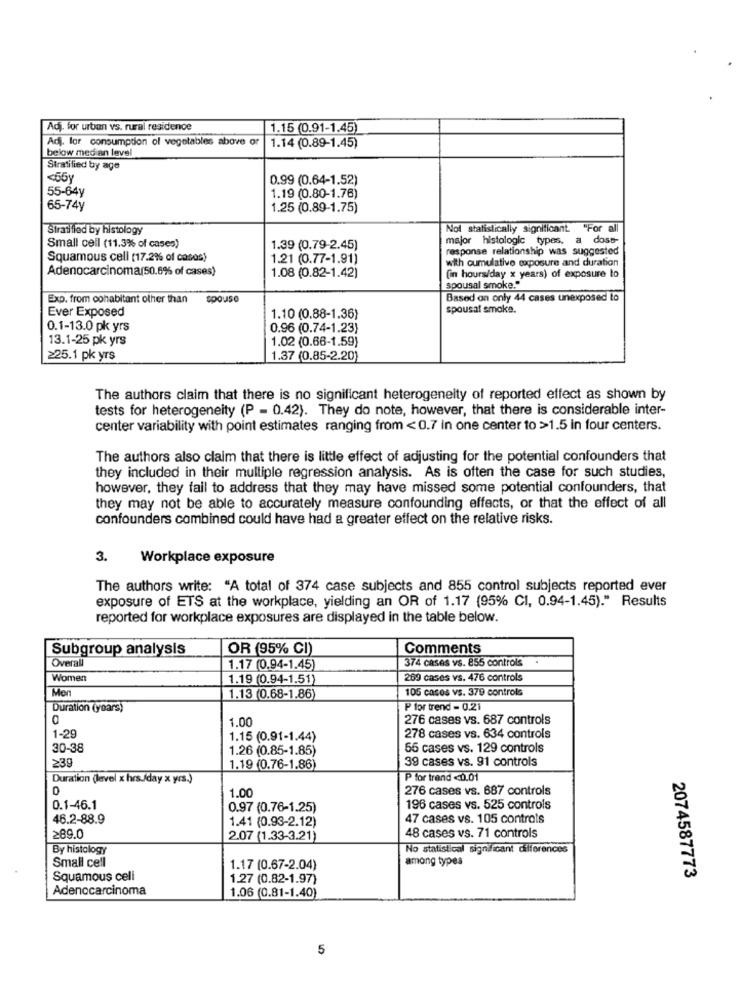
Adj for urban vs. rural residence
1.15 (0.91-1.45)
Adj. for consumption of vegetables above or
1.14 (0.89-1.45)
below med an level
Stratified by age
<55y
0.99 (0.64-1.52)
55-64y
1.19 (0.80-1.76)
65-74y
1.25 (0.89-1.75)
Stratified by histology
Nol statistically significant. "For all
major histologic types, a dost-
Small cell (11.3% of cases)
1.39 (0.79-2.45)
response relationship was suggested
Squamous cell (17.2% of casos)
1.21 (0.77-1.91)
with cumulative exposure and duration
Adenocarcinoma(50.6% of cases)
1.08 (0.82-1.42)
(in hours/day x years) of exposure to
spousal smoke."
Exp. from cohabitant other than
spouse
Based on only 44 cases unexposed to
Ever Exposed
spousat smoke.
1.10 (0.88-1.36)
0.1-13.0 pk yrs
0.96 (0.74-1.23)
13.1-25 pk yrs
1.02 (0.66-1.59)
≥25.1 pk yrs
1.37 (0.85-2.20)
The authors claim that there is no significant heterogeneity of reported effect as shown by
tests for heterogeneity (P = 0.42). They do note, however, that there is considerable inter-
center variability with point estimates ranging from <0.7 in one center to >1.5 in four centers.
The authors also claim that there is little effect of adjusting for the potential confounders that
they included in their multiple regression analysis. As is often the case for such studies,
however, they fail to address that they may have missed some potential confounders, that
they may not be able to accurately measure confounding effects, or that the effect of all
confounders combined could have had a greater effect on the relative risks.
3.
Workplace exposure
The authors write: "A total of 374 case subjects and 855 control subjects reported ever
exposure of ETS at the workplace, yielding an OR of 1.17 (95% CI, 0.94-1.45)." Results
reported for workplace exposures are displayed in the table below.
Subgroup analysis
OR (95% CI)
Comments
Overall
374 cases vs. 855 controls
1.17 (0.94-1.45
Women
1.19 (0.94-1.51)
269 cases vs. 476 controls
Mon
105 casos vs. 379 controls
1.13 (0.68-1.86)
Duration (years)
Pfor trend - 0.21
1.00
276 cases vs. 687 controls
1-29
1.15 (0.91-1.44)
278 cases vs. 634 controls
30-38
1.26 (0.85-1.85)
55 cases vs. 129 controls
23g
39 cases vs. 91 controls
1.19 (0.76-1.86
Duration (level x hrs./day x yrs.)
P for trend <0.01
1.00
276 cases vs. 687 controls
0.1-46.1
0.97 (0.76-1.25)
196 cases vs. 525 controls
46.2-88.9
1.41 (0.93-2.12)
47 cases vs. 105 controls
289.0
2.07 (1.33-3.21)
48 cases vs. 71 controls
By histology
No statistical significant differences
Small cell
among types
1.17 (0.67-2.04)
Squamous cell
1.27 (0.82-1.97)
2074587773
Adenocarcinoma
1.06 (0.81-1.40)
5